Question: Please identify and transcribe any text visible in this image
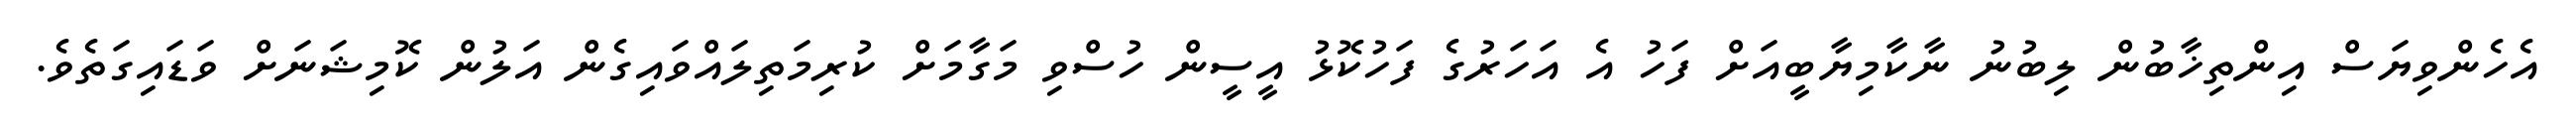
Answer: އެހެންވިޔަސް އިންތިޚާބުން ލިބުނު ނާކާމިޔާބީއަށް ފަހު އެ އަހަރުގެ ފަހުކޮޅު އީސީން ހުސްވި މަގާމަށް ކުރިމަތިލައްވައިގެން އަލުން ކޮމިޝަނަށް ވަޑައިގަތެވެ.